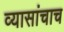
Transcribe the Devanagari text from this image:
व्यासांचाच